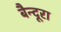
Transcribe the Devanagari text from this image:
बैन्दूरा